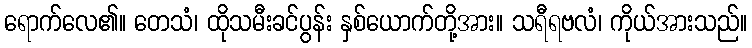
ရောက်လေ၏။ တေသံ၊ ထိုသမီးခင်ပွန်း နှစ်ယောက်တို့အား။ သရီရဗလံ၊ ကိုယ်အားသည်။